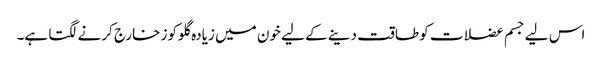
اس لیے جسم عضلات کو طاقت دینے کے لیے خون میں زیادہ گلوکوز خارج کرنے لگتا ہے۔